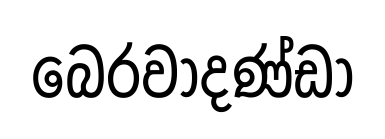
බෙරවාදණ්ඩා